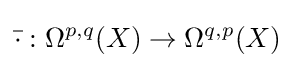
{\bar {\cdot }}:\Omega ^{p,q}(X)\to \Omega ^{q,p}(X)